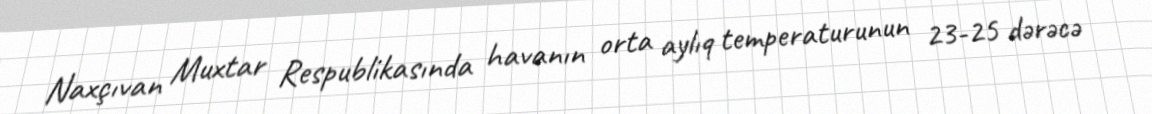
Naxçıvan Muxtar Respublikasında havanın orta aylıq temperaturunun 23-25 dərəcə